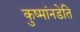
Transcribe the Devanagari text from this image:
कुष्मांनडेति